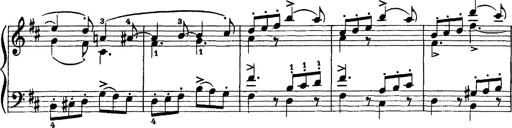
Title: Scherzo und Marsch
Composer: Franz Liszt